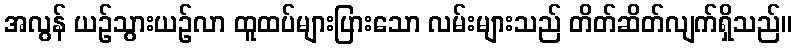
အလွန် ယဉ်သွားယဉ်လာ ထူထပ်များပြားသော လမ်းများသည် တိတ်ဆိတ်လျက်ရှိသည်။